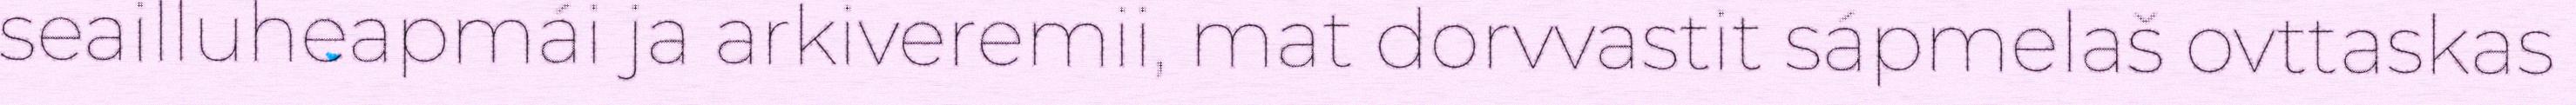
seailluheapmái ja arkiveremii, mat dorvvastit sápmelaš ovttaskas